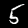
Digit: 5